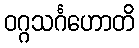
ဝဂ္ဂသင်္ဂဟောတိ